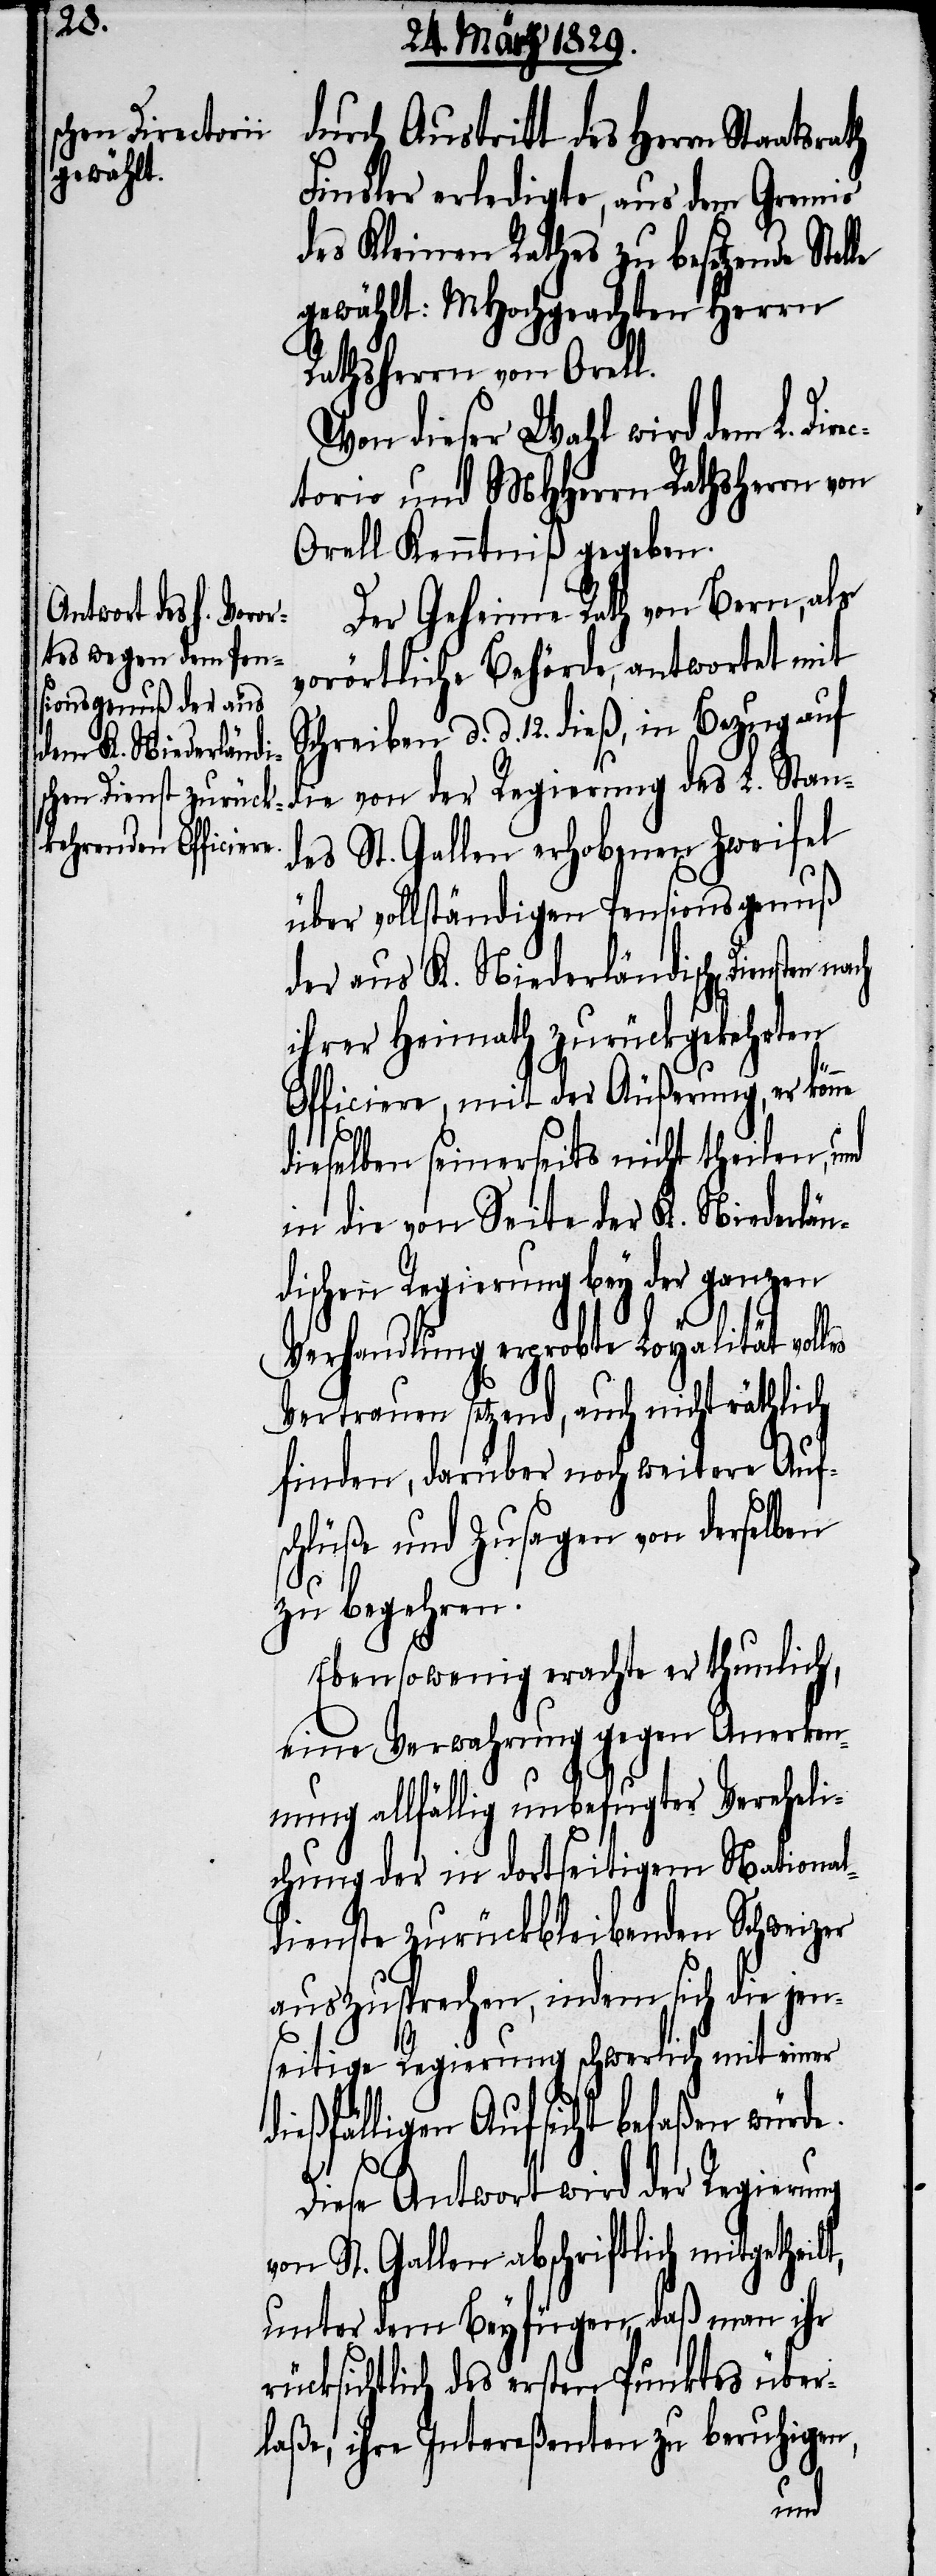
durch Austritt des Herrn Staat¬
Finsler erledigte, aus dem Gremio
des Kleinen Rathes zu besetzende Stel¬
gewählt: MHochgeachten Herrn
Rathsherr von Orell.
Von dieser Wahl wird dem L. Dir¬
ectorio und MHHerrn Rathsherrn von
Orell Kenntniß gegeben.
Der Geheime Rath von Bern, als
vorörtliche Behörde, antwortet mit
Schreiben d. d. 12. dieß, in Bezug auf
die von der Regierung des L. Stan¬
des St. Gallen erhobene Zweifel
über vollständigen Pensionsgenuß
der aus K. Niederländischen Diensten
ihrer Heimath zurückgekehrten
Officiere, mit der Äußerung, er könne
srath
dieselben seinerseits nicht theilen, und
in die Seite der K. Niederlän¬
dischen Regierung bey der ganzen
Verhandlung erprobte Loyalität volles
Vertrauen setzend, auch nicht räthlich
finden, darüber noch weitere Auf¬
schlüße und Zusagen von derselben
zu begehren.
Ebenso wenig erachte er thunlich,
eine Verwahrung gegen Anerken¬
nung allfällig unbefugter Vereheli¬
chung der in dortseitigem National¬
dienste zurückbleibenden Schweizer
auszusprechen, indem sich die jen¬
seitige Regierung schwerlich mit einer
ießfälligen Aufsicht befaßen würde.
t,
Diese Antwort wird der Regierung
von St. Gallen abschriftlich mitgetheil¬
unter dem Beyfügen, daß man ihr
rücksichtlich des ersten Punktes über¬
laße, ihre Intereßenten zu beruhigen,